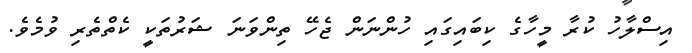
އިސްލާހު ކުރާ މީހާގެ ކިބައިގައި ހުންނަން ޖެހޭ ތިންވަނަ ޝަރުތަކީ ކެތްތެރި ވުމެވެ.